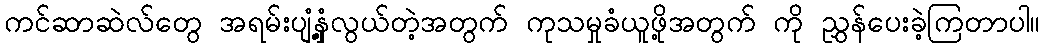
ကင်ဆာဆဲလ်တွေ အရမ်းပျံ့နှံ့လွယ်တဲ့အတွက် ကုသမှုခံယူဖို့အတွက် ကို ညွှန်ပေးခဲ့ကြတာပါ။